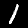
Digit: 1